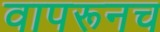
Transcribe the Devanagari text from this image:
वापरूनच